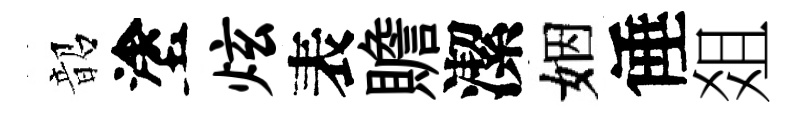
韶塗炫表贍潔姻倕爼